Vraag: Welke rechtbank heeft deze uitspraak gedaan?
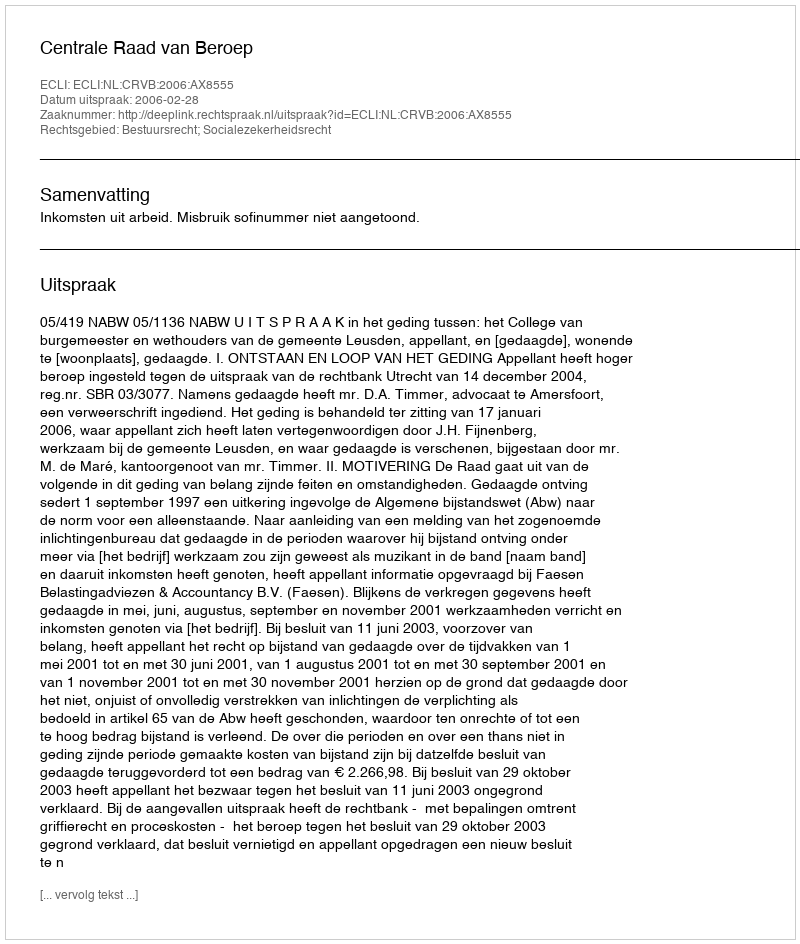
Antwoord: Centrale Raad van Beroep